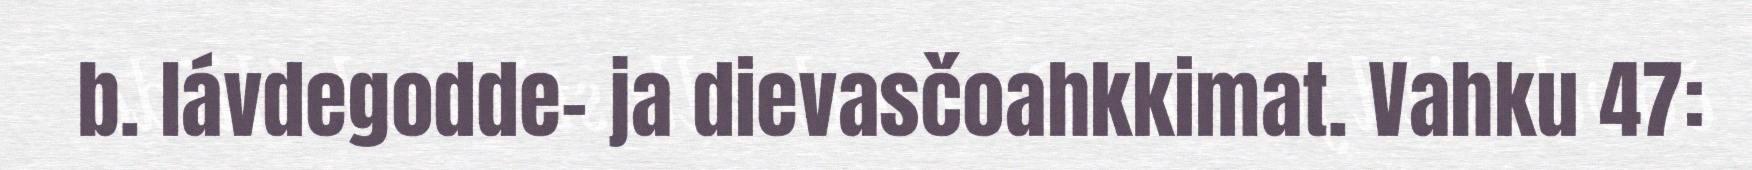
b. lávdegodde- ja dievasčoahkkimat. Vahku 47: